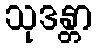
သုဒန္တာ